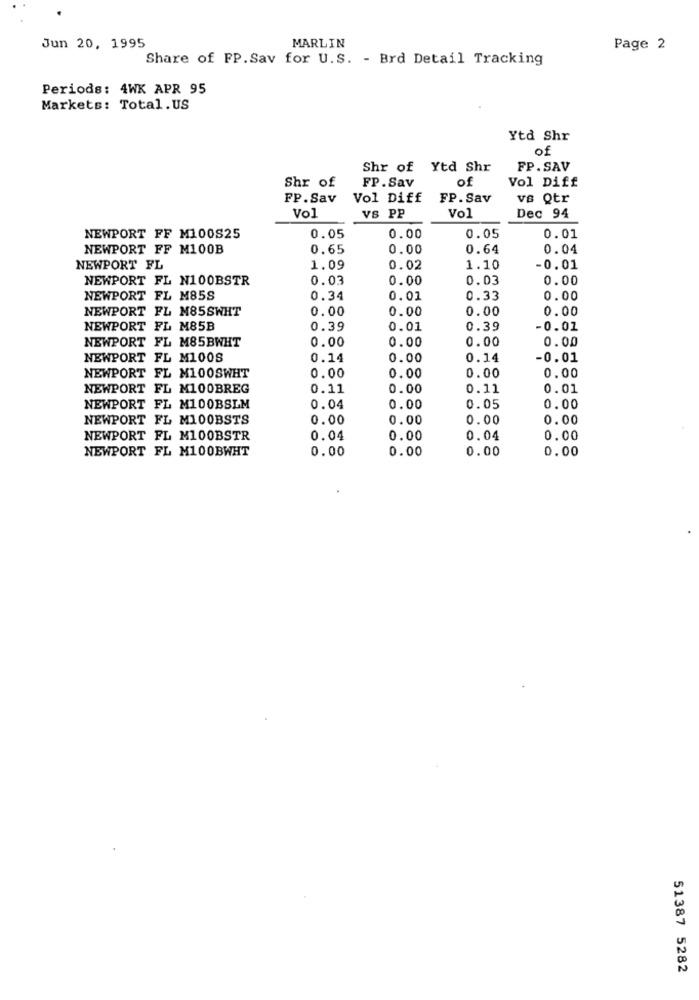
Jun 20, 1995
MARLIN
Page 2
Share of FP.Sav for U.S. - Brd Detail Tracking
Periods: 4WX APR 95
Markets: Total. US
Ytd Shr
of
Shr of Ytd Shr
FP.SAV
of
Shr of
FP.Sav
Vol Diff
FP. Sav
Vol Diff
FP. Sav
ve Qtr
Vol
Vol
VS PP
Dec 94
NEWPORT FF M100825
0.05
0.00
0.05
0.01
NEWPORT FF M100B
0.65
0.00
0.64
0.04
NEWPORT FL
1.09
0.02
1.10
-0.01
NEWPORT FL N100BSTR
0.03
0.00
0.03
0.00
NEWPORT FL M85S
0.34
0.01
0.33
0.00
NEWPORT FL M85SWHT
0.00
0.00
0.00
0.00
NEWPORT FL M85B
0.39
0.01
0.39
-0.01
NEWPORT FL M85BWHT
0.00
0.00
0.00
0.00
NEWPORT FL M100S
0.14
0.00
0.14
-0.01
NEWPORT FL M100SWHT
0.00
0.00
0.00
0.00
NEWPORT FL M100BREG
0.11
0.00
0.11
0.01
NEWPORT FL M100BSLM
0.04
0.00
0.05
0.00
NEWPORT FL M100BSTS
0.00
0.00
0.00
0.00
NEWPORT FL M100BSTR
0.04
0.00
0.04
0.00
NEWPORT FL M100BWHT
0.00
0.00
0.00
0.00
51387 5282